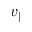
v _ { \parallel }